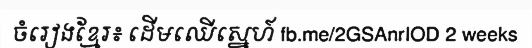
ចំរៀងខ្មែរ៖ ដើមឈើស្នេហ៍ fb.me/2GSAnrIOD 2 weeks